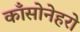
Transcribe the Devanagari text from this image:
काँसोनेहरो